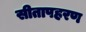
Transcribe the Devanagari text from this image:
सीतापहरण